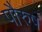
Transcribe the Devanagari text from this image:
पौरुषं